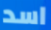
اسد